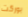
بوركت